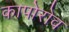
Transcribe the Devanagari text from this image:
कापोरोव